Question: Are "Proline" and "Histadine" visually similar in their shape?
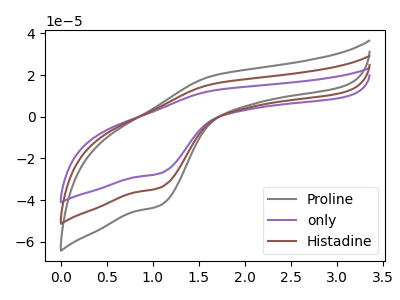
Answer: <think>The gray curve "Proline" has an anodic peak at (1.65V, 19.60uA) and a cathodic peak at (1.10V, -42.60uA). The purple curve "only" has an anodic peak at (1.65V, 31.35uA) and a cathodic peak at (1.10V, -68.10uA). The brown curve "Histadine" has an anodic peak at (1.65V, 15.65uA) and a cathodic peak at (1.10V, -34.05uA).
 All the peaks in "Proline" have a peak in "Histadine" at the same potential. Every peak in "Proline" is higher than every peak in "Histadine".</think>
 <answer>"Proline" and "Histadine" are similar in shape.</answer>
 <eval>same_shape</eval>